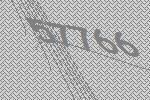
57766